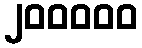
၂၀၀၀၀၀